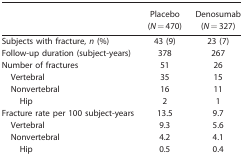
<table><thead><tr><td></td><td><b>Placebo (<i>N</i> = 470)</b></td><td><b>Denosumab (<i>N</i> = 327)</b></td></tr></thead><tbody><tr><td>Subjects with fracture, <i>n</i> (%)</td><td>43 (9)</td><td>23 (7)</td></tr><tr><td>Follow-up duration (subject-years)</td><td>378</td><td>267</td></tr><tr><td>Number of fractures</td><td>51</td><td>26</td></tr><tr><td> Vertebral</td><td>35</td><td>15</td></tr><tr><td> Nonvertebral</td><td>16</td><td>11</td></tr><tr><td>Hip</td><td>2</td><td>1</td></tr><tr><td>Fracture rate per 100 subject-years</td><td>13.5</td><td>9.7</td></tr><tr><td> Vertebral</td><td>9.3</td><td>5.6</td></tr><tr><td> Nonvertebral</td><td>4.2</td><td>4.1</td></tr><tr><td>Hip</td><td>0.5</td><td>0.4</td></tr></tbody></table>